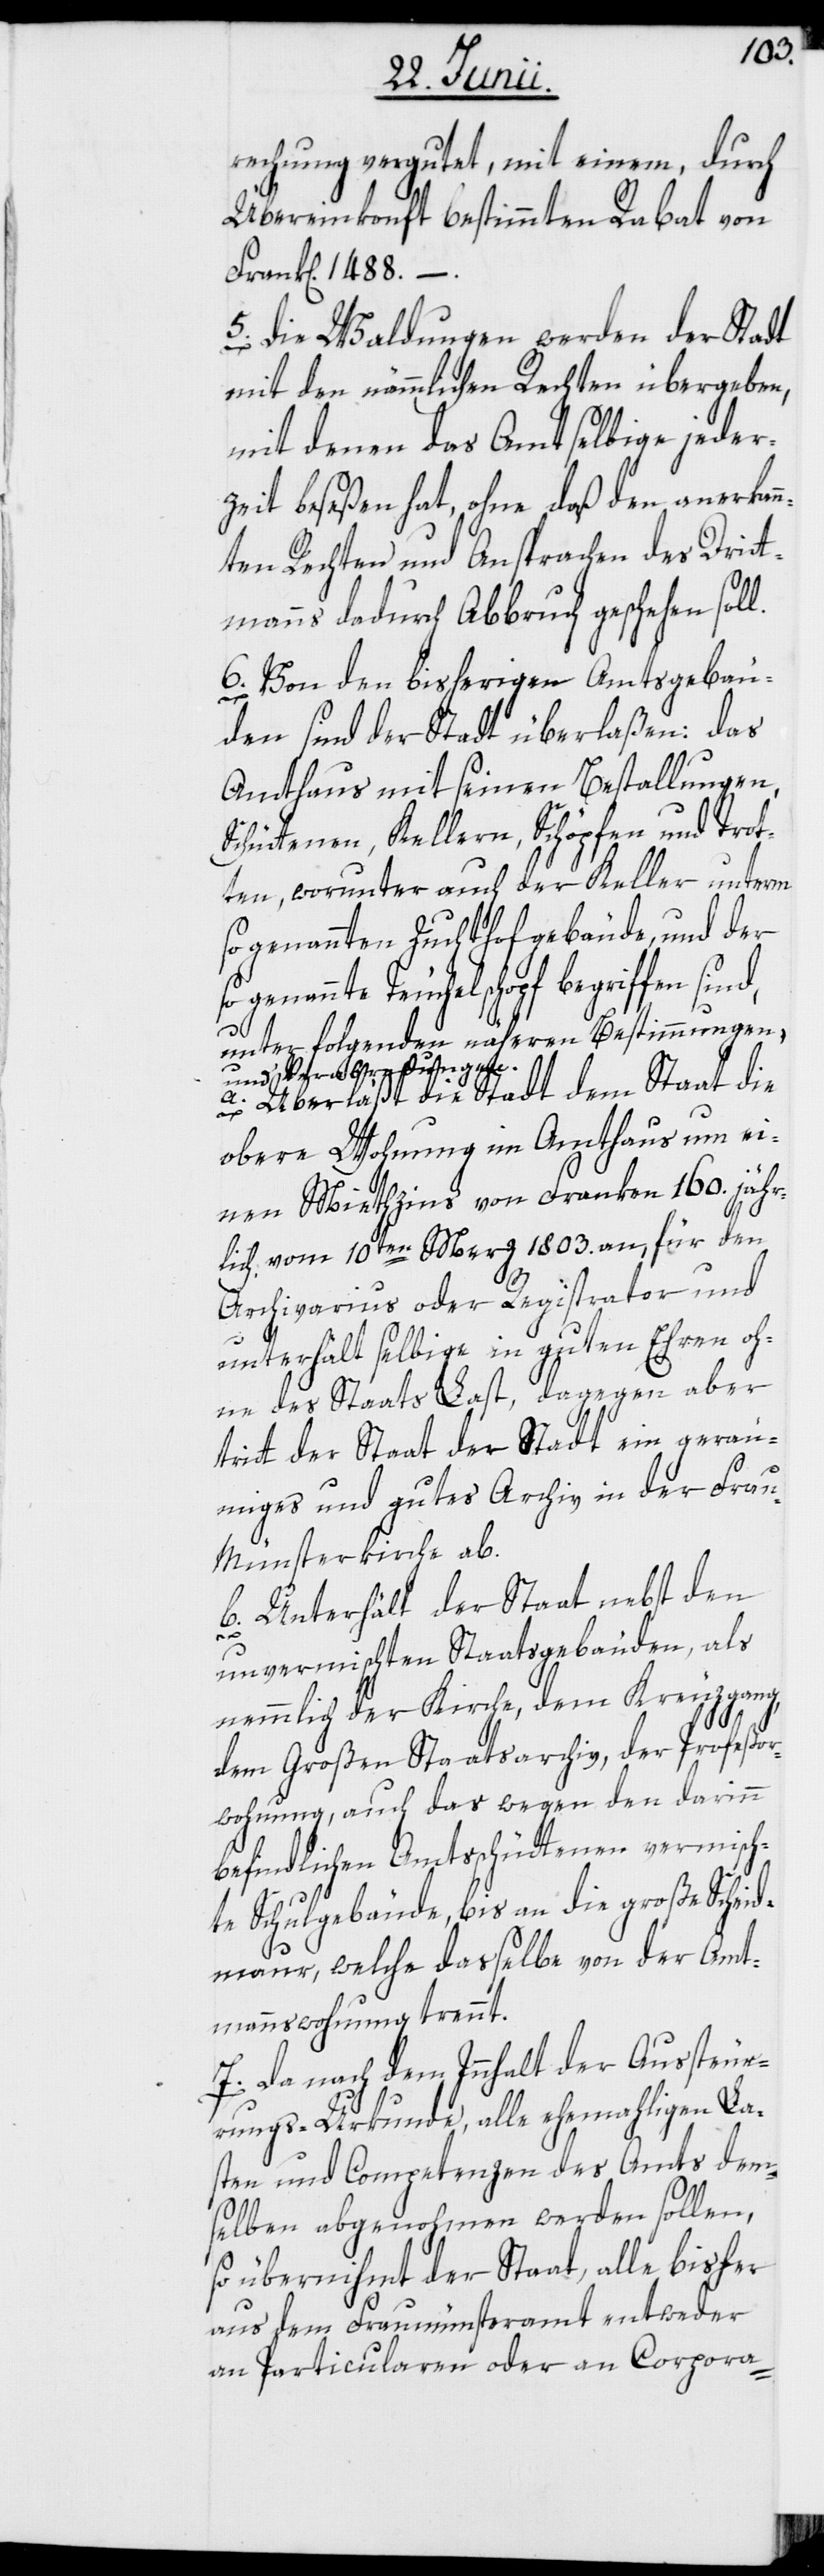
rechnung vergutet, mit einem, durch
Übereinkonft bestimmten Rabat von
Frank[en] 1488.
5. Die Waldungen werden der Stadt
mit den nämmlichen Rechten übergeben,
mit denen das Amt selbige jeder¬
zeit beseßen hat, ohne daß den anerkan¬
nten Rechten und Ansprachen des Drit¬
tmanns dadurch Abbruch geschehen sol¬
6. Von den bisherigen Amtsgebäu¬
den sind der Stadt überlaßen: das
Amthaus mit seinen Bestallungen,
Schüttenen, Kellern, Schöpfen und Trot¬
ten, worunter auch der Keller unterm
so genannten Zuchthofgebäude, und der
genannte Teuchelschopf begriffen sind,
unter folgenden näheren Bestimmungen,
und Verabredungen.
a. Überläßt die Stadt dem Staat die
obere Wohnung im Amthaus um ei¬
nen Miethzins von Franken 160. jähr¬
lich vom 10ten Merz 1803. an, für den
Archivarius oder Registrator und
unterhält selbige in guten Ehren oh¬
ne des Staats Last, dagegen aber
tritt der Staat der Stadt ein geräu¬
miges und gutes Archiv in der Frau¬
münsterkirche ab.
b. Unterhält der Staat nebst den
l.
unvermischten Staatsgebäuden, als
nemmlich der Kirche, dem Kreuzgang,
dem Großen Staatsarchiv, der Profeßor¬
wohnung, auch das wegen den darinn
befindlichen Amtsschüttenen vermisch¬
te Schulgebäude, bis an die große Scheid¬
maur, welche dasselbe von der Amt¬
mannswohnung trennt.
7. Da nach dem Innhalt der Aussteu¬
rungs-Urkunde, alle ehemahligen La¬
sten und Competenzen des Amts dem¬
selben abgenohmen werden sollen,
so übernihmt der Staat, alle bisher
aus dem Fraumünsteramt entweder
an Particularen oder an Corpora-